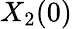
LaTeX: X_{2}(0)